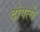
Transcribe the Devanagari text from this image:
दांपत्ये